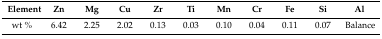
<table><thead><tr><td><b>Element</b></td><td><b>Zn</b></td><td><b>Mg</b></td><td><b>Cu</b></td><td><b>Zr</b></td><td><b>Ti</b></td><td><b>Mn</b></td><td><b>Cr</b></td><td><b>Fe</b></td><td><b>Si</b></td><td><b>Al</b></td></tr></thead><tbody><tr><td>wt %</td><td>6.42</td><td>2.25</td><td>2.02</td><td>0.13</td><td>0.03</td><td>0.10</td><td>0.04</td><td>0.11</td><td>0.07</td><td>Balance</td></tr></tbody></table>